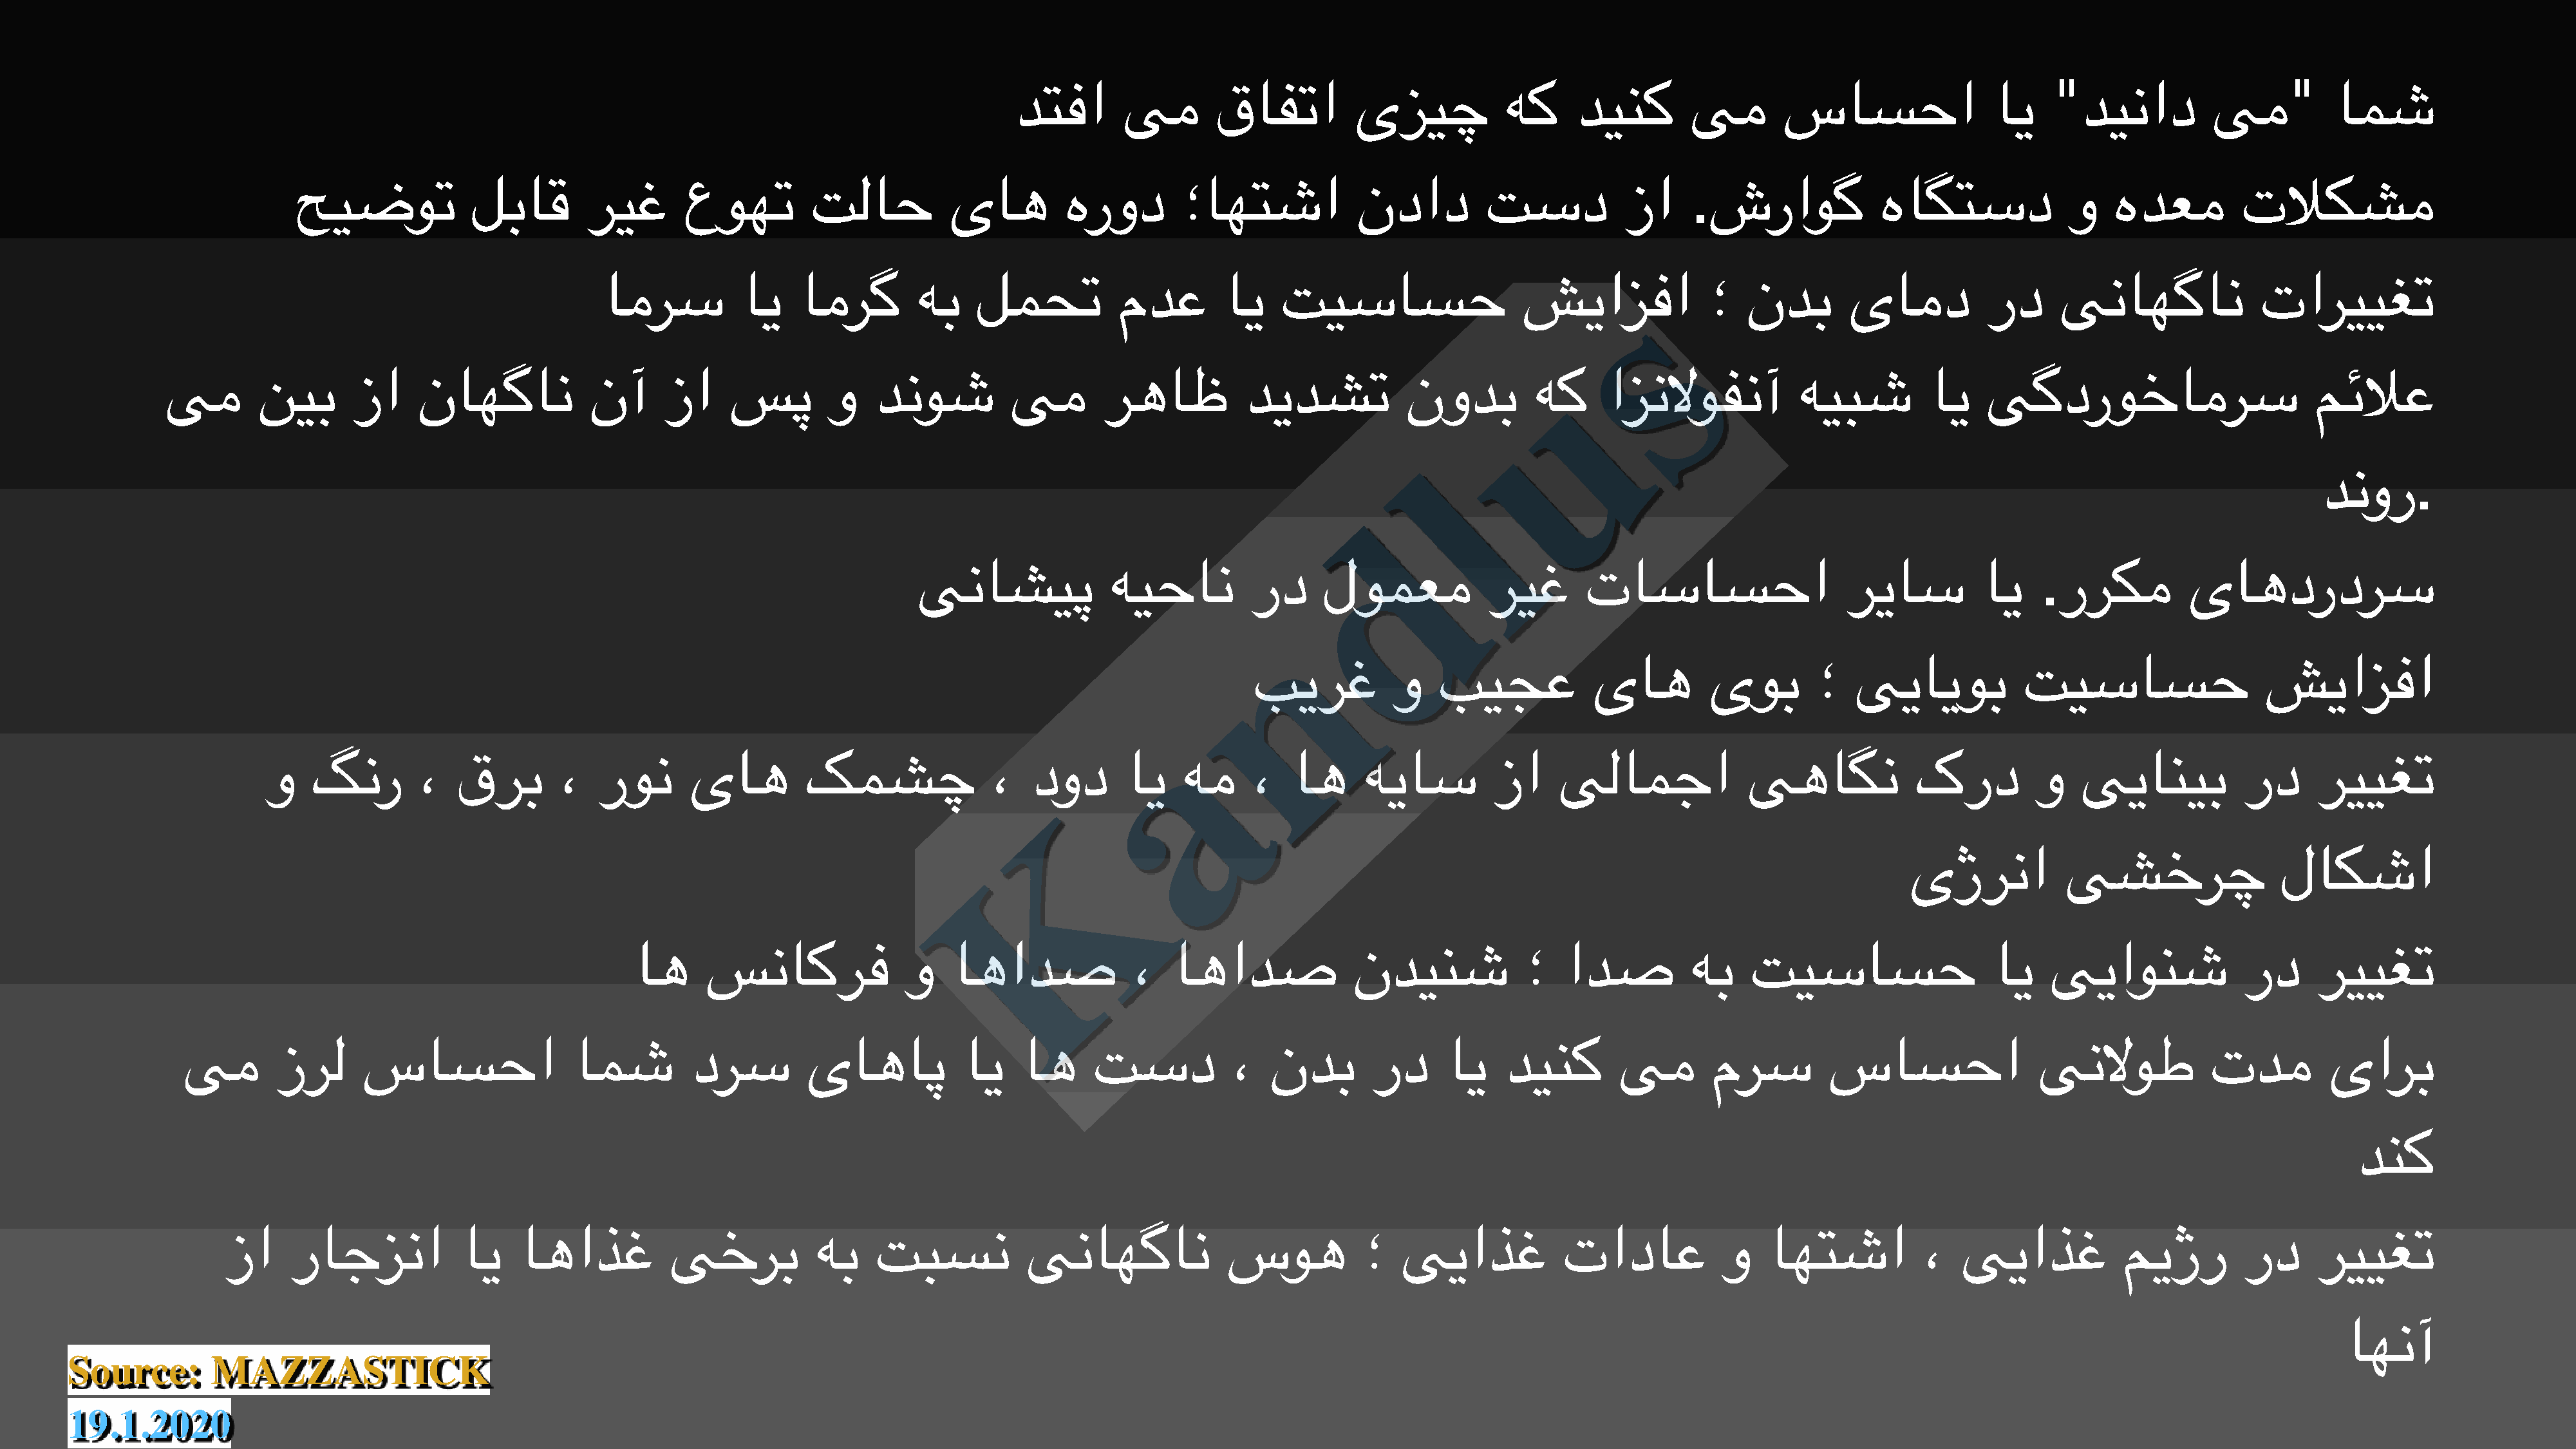
"                       "
 دتفا        یم       قافتا         یزیچ            هک     دینک        یم       ساسحا                 ای       دیناد         یم          امش
 .
 حیضوت              لباق       ریغ       عوهت          تلاح          یاه         هرود        ؛اهتشا            نداد         تسد           زا       شراوگ            هاگتسد              و   هدعم          تلاکشم
 امرس          ای    امرگ        هب     لمحت          مدع        ای    تیساسح                   شیاsزفا            ؛   ندب       یامد          رد      یناهگان              تارییغت
 u
 یم        نیب      زا     ناهگان            نآ     زا     سپ        و    دنوش          یم        رهاظ          دیدشت            نودب         هک     ازنلاوفنآ           هیبش         ای    یگدروخامرس                        مئلاع
 l
 .
 دنور
 d
 .
 یناشیپ              هیحان          رد     لومعم            ریغ       تاساسحا                    ریاس          ای      ررکم         یاهدردرس
 n
 بیرغ          و    بیجع            یاه         یوب        ؛   ییایوب           تیساسح                   شیازفا
 a
 و   گنر        ،   قرب        ،   رون      یاه         کمشچ               ،   دود       ای    هم     ،   اه     هیاس          زا    یلامجا              یهاگن            کرد         و    ییانیب           رد     رییغت
 K
 یژرنا           یشخرچ                  لاکشا
 اه      سناکرف              و    اهادص              ،   اهادص             ندینش             ؛   ادص          هب    تیساسح                   ای    ییاونش              رد     رییغت
 یم        زرل     ساسحا                 امش         درس         یاهاپ           ای    اه      تسد           ،   ندب       رد      ای    دینک        یم       مرس         ساسحا                 ینلاوط           تدم          یارب
 دنک
 زا     راجزنا           ای    اهاذغ           یخرب           هب    تبسن            یناهگان             سوه           ؛   ییاذغ            تاداع           و    اهتشا           ،   ییاذغ           میژر         رد     رییغت
 اهنآ
 Source:        MAZZASTICK
 19.1.2020